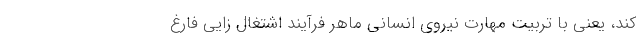
کند، یعنی با تربیت مهارت نیروی انسانی ماهر فرآیند اشتغال زایی فارغ